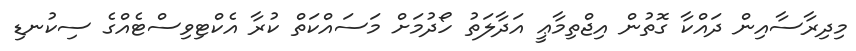
މިދިރާސާއިން ދައްކާ ގޮތުން އިޖްތިމާޢީ އަދާލަތު ހޯދުމަށް މަސައްކަތް ކުރާ އެކްޓިވިސްޓެއްގެ ސިކުނޑި